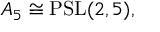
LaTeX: A _ { 5 } \cong \operatorname { P S L } ( 2 , 5 ) ,